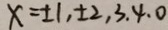
x = \pm 1 , \pm 2 , 3 , 4 , 0